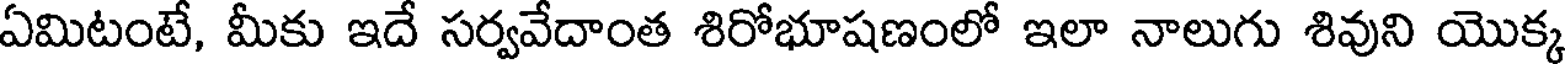
ఏమిటంటే, మీకు ఇదే సర్వవేదాంత శిరోభూషణంలో ఇలా నాలుగు శివుని యొక్క